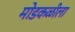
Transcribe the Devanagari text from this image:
मोडकळीला